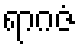
ရာဂဇံ